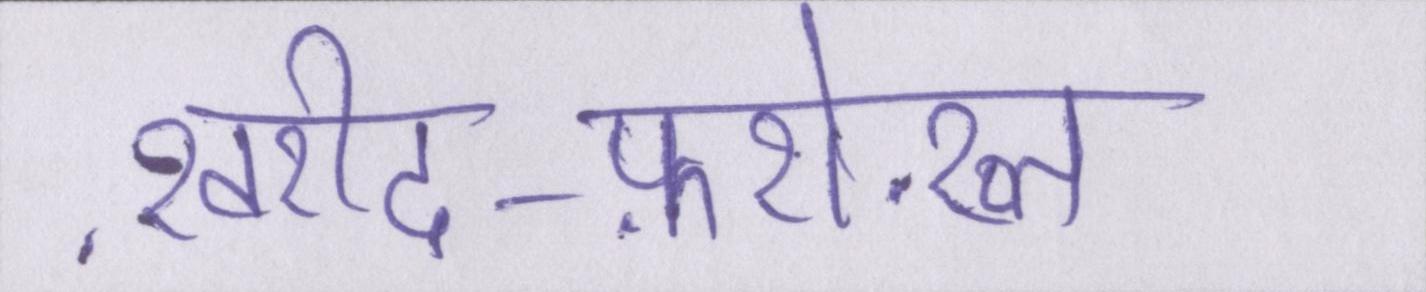
ख़रीद-फ़रोख़्त